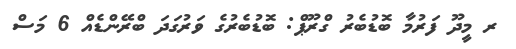
ރ މީދޫ ފަރުމާ ބޮޑުބެރު ގްރޫޕް: ބޮޑުބެރުގެ ވަރުގަދަ ބްރޭންޑެއް 6 މަސް